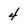
Character: 4